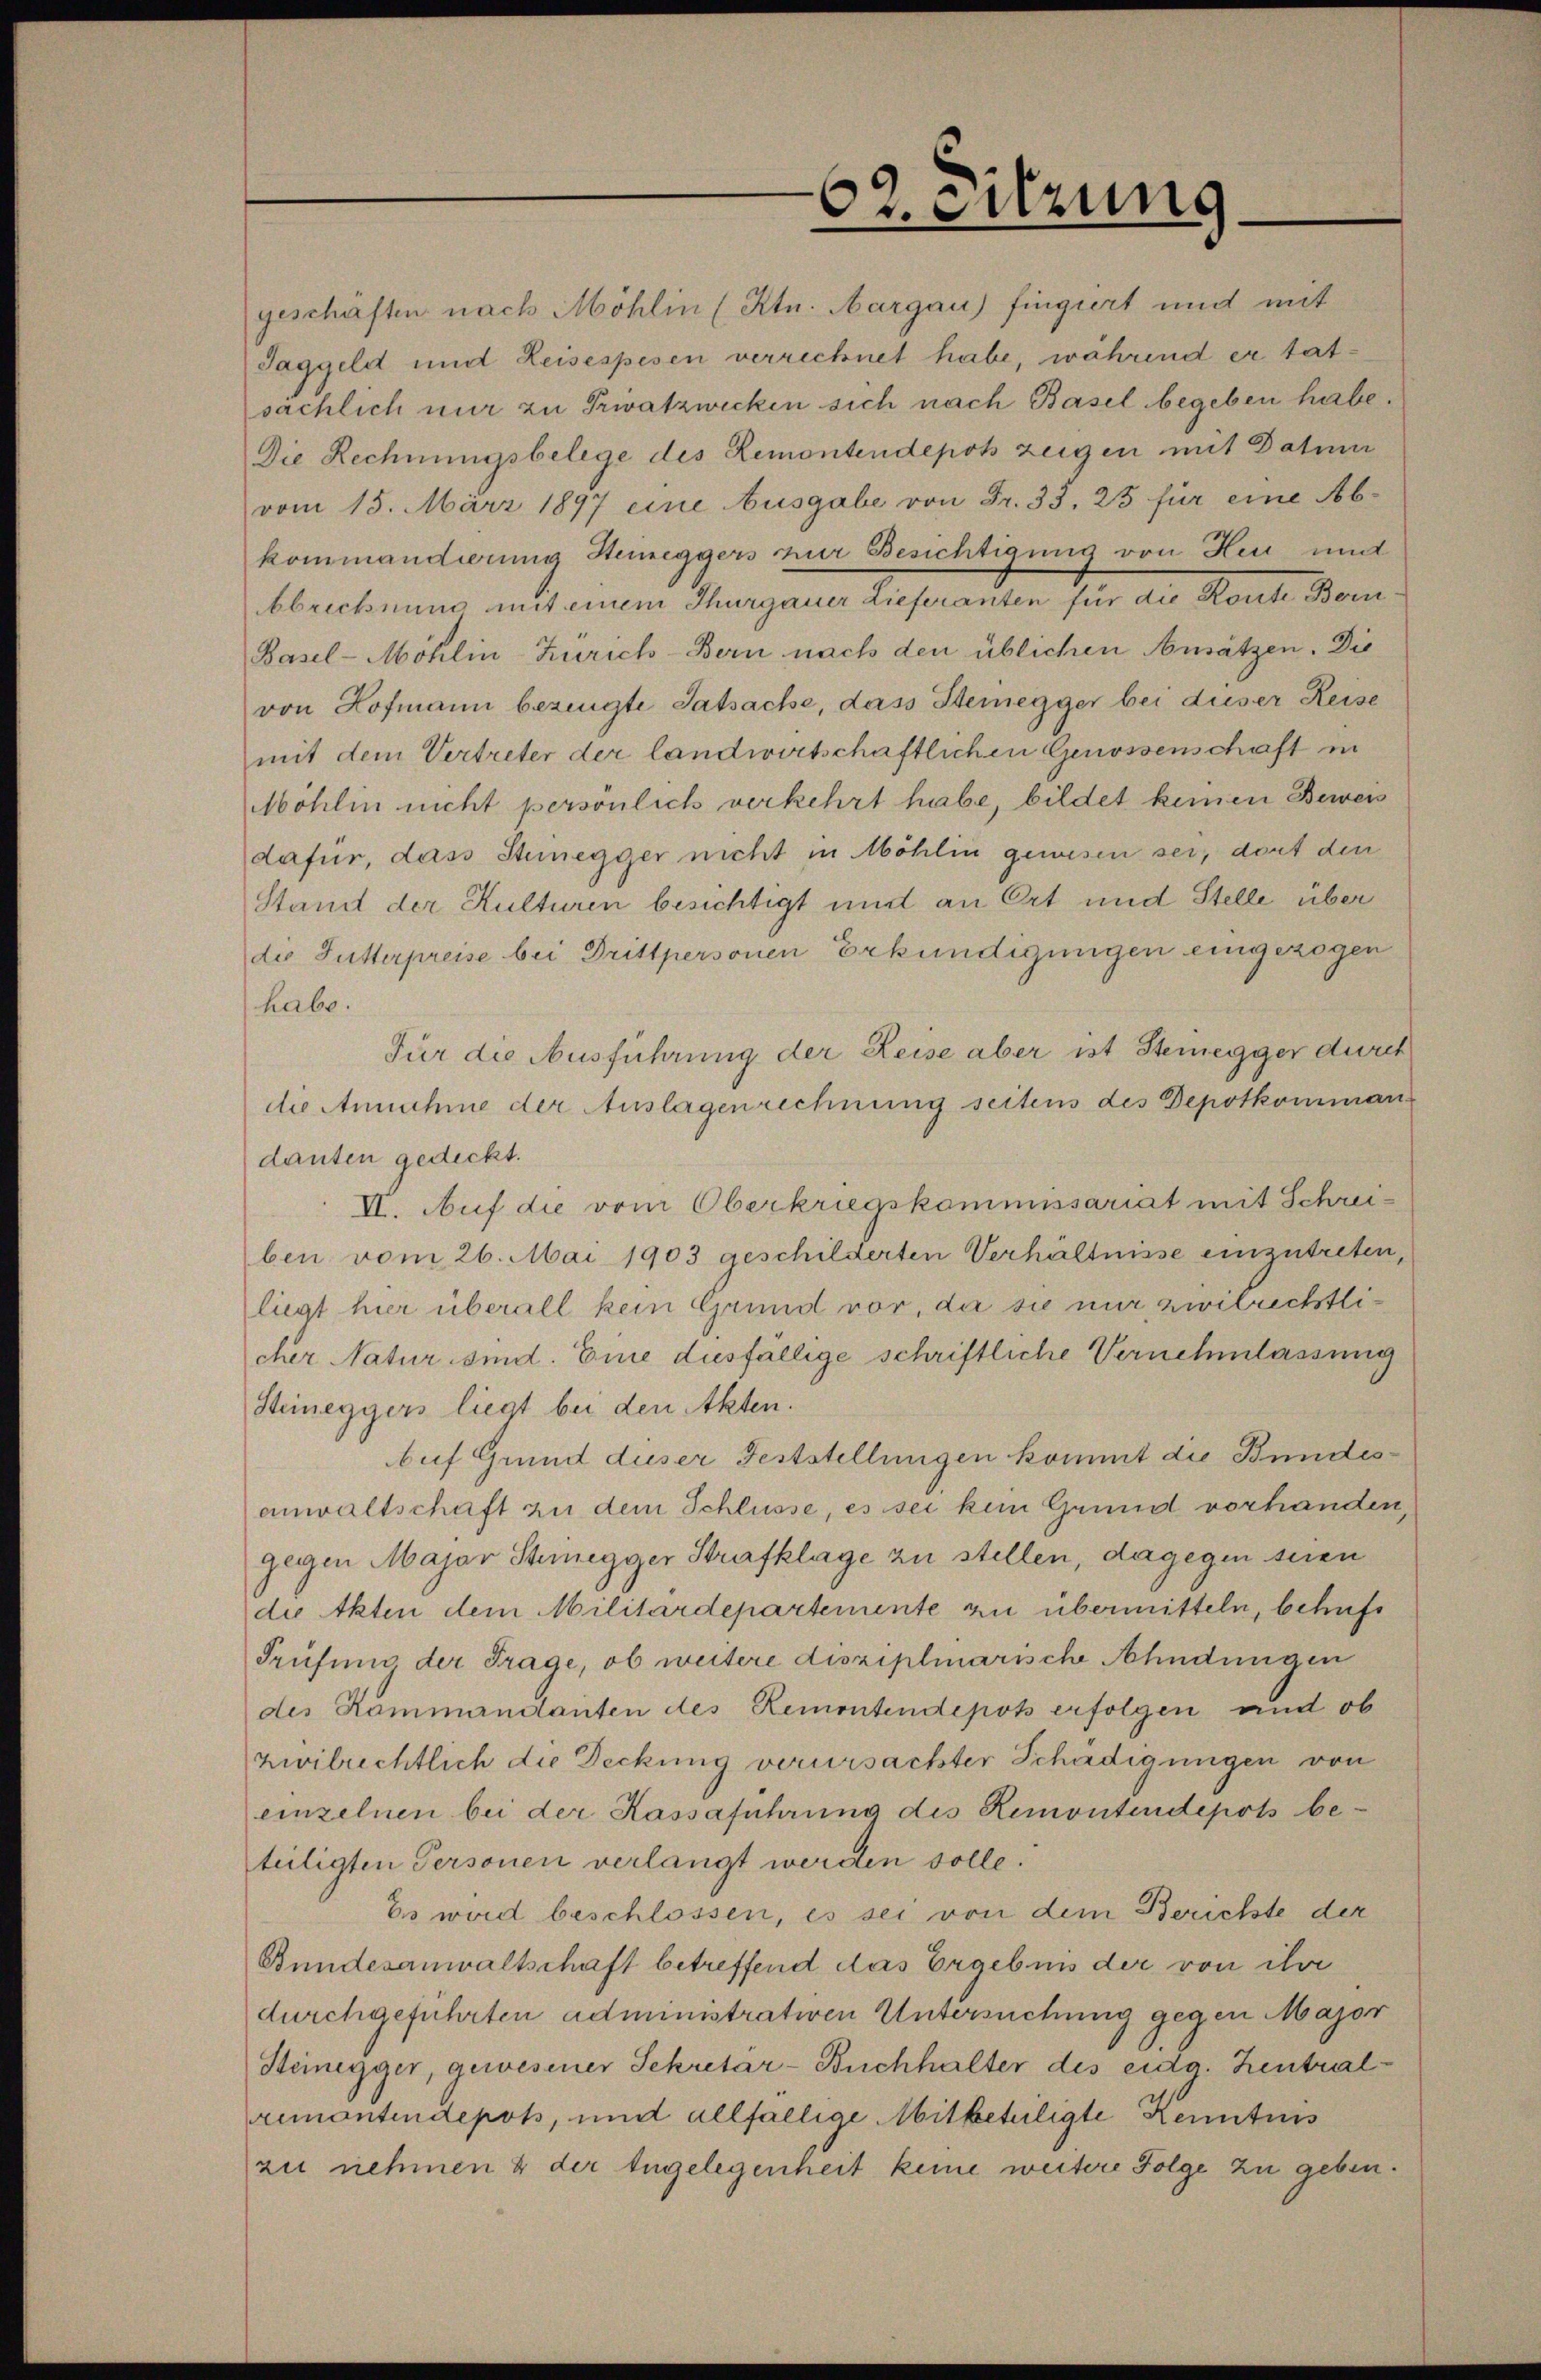
e
19
¬
.

62. Sitzung

geschaften nach Möhlin (Ktn. Margau) fingiert und mit
Taggeld und Reisespesen verrechnet habe, während er tatsächlich nur zu Privatzwecken sich nach Basel begeben habe.
Die Rechnungsbelege des Remontendepot zeigen mit Datum
vom 15. März 1897 eine Ausgabe von Fr. 33. 25 für eine Abkommandierung Steineggers zur Besichtigung von Heu mit
bbrichnung mit einem Thurgauer Lieferanten für die Konte Bern¬
Basel-Möhlin Zürich-Bern nach den üblichen Ansätzen. Die
von Hofmann bezeugte Tatsache, dass Stenegger bei dieser Reise
mit dem Vertreter der landwirtschaftlichen Genossenschaft in
Möhlin nicht persönlich verkehrt habe, bildet keinen Beweis
dafür, dass Stunegger nicht in Möhlin gewesen sei, dort den
Stand der Kulturen besichtigt und an Ort und Stelle über
die Futterpreise bei Drittpersonen Erkundigungen eingezogen
habe.
Für die Ausführung der Reise aber ist Steinegger durch
die Annahme der Auslagenrechnung seitens des Depotkomman
danten gedeckt.
VI. Auf die vom Oberkriegskommissariat mit Schreiben vom 26. Mai 1903 geschilderten Verhältnisse einzutreten
liegt hier überall kein Grund vor, da sie nur zwilrichtlicher Natur sind. Eine ausfällige schriftliche Vernehmlassung
Steineggers liegt bei den Akten.
buf Grund duser Feststellungen kommt die Bundesanwaltschaft zu dem Schlüsse, es sei kein Grund vorhanden
gegen Major Stunegger Strafklage zu stellen, dagegen seien
ti Akten dem Militärdepartemente zu übermitteln, behufs
Prufino der Frage, ob weitere disziplinarische Ahndungen
des Kommandanten des Remontendepots erfolgen und ob
zivilrechtlich die Deckung verursachter Schädigungen von
einzelnen bei der Kassaführung des Remontendepots be-
teiligten Personen verlangt werden solle.
Es wird beschlossen, es sei von dem Berichte der
Bundesanwaltschaft betreffend das Ergebens der von ihre
durchgeführten administrativen Untersuchung gegen Major
Steinegger, gewesener Sekretar-Buchhalter des eidg. Zentralremontendepots, und allfällige Mitbeteiligte Kenntnis
zu nehmen & der Angelegenheit keine weitere Folge zu geben.